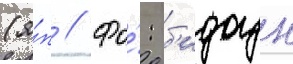
(я́п // Фо́: б'идоун